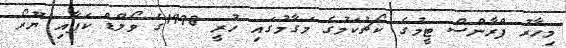
މިހާރު ފްރާންސް ޓީމުގެ ކޯޗުކަމުގެ މަގާމުގައި ހުރީ 1998ގެ ވޯލްޑް ކަޕާއި ޔޫރޯ